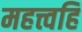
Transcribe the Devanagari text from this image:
महत्त्वहि